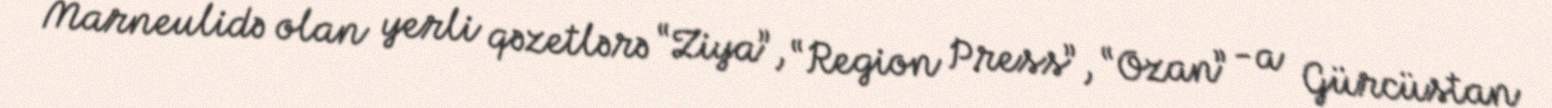
Marneulidə olan yerli qəzetlərə “Ziya”, “Region Press”, “Ozan” -a Gürcüstan